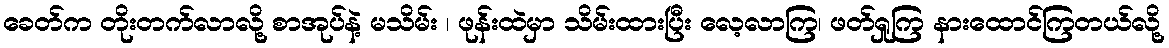
ခေတ်က တိုးတက်လာလို့ စာအုပ်နဲ့ မသိမ်း ၊ ဖုန်းထဲမှာ သိမ်းထားပြီး လေ့လာကြ၊ ဖတ်ရှုကြ နားထောင်ကြတယ်လို့